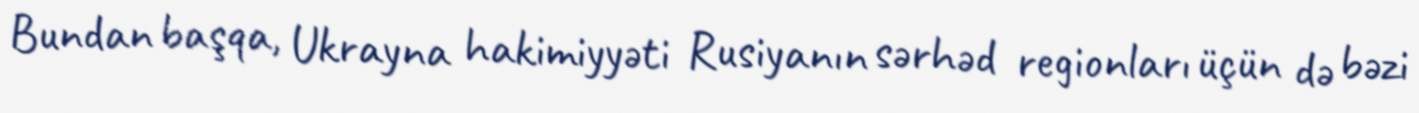
Bundan başqa, Ukrayna hakimiyyəti Rusiyanın sərhəd regionları üçün də bəzi